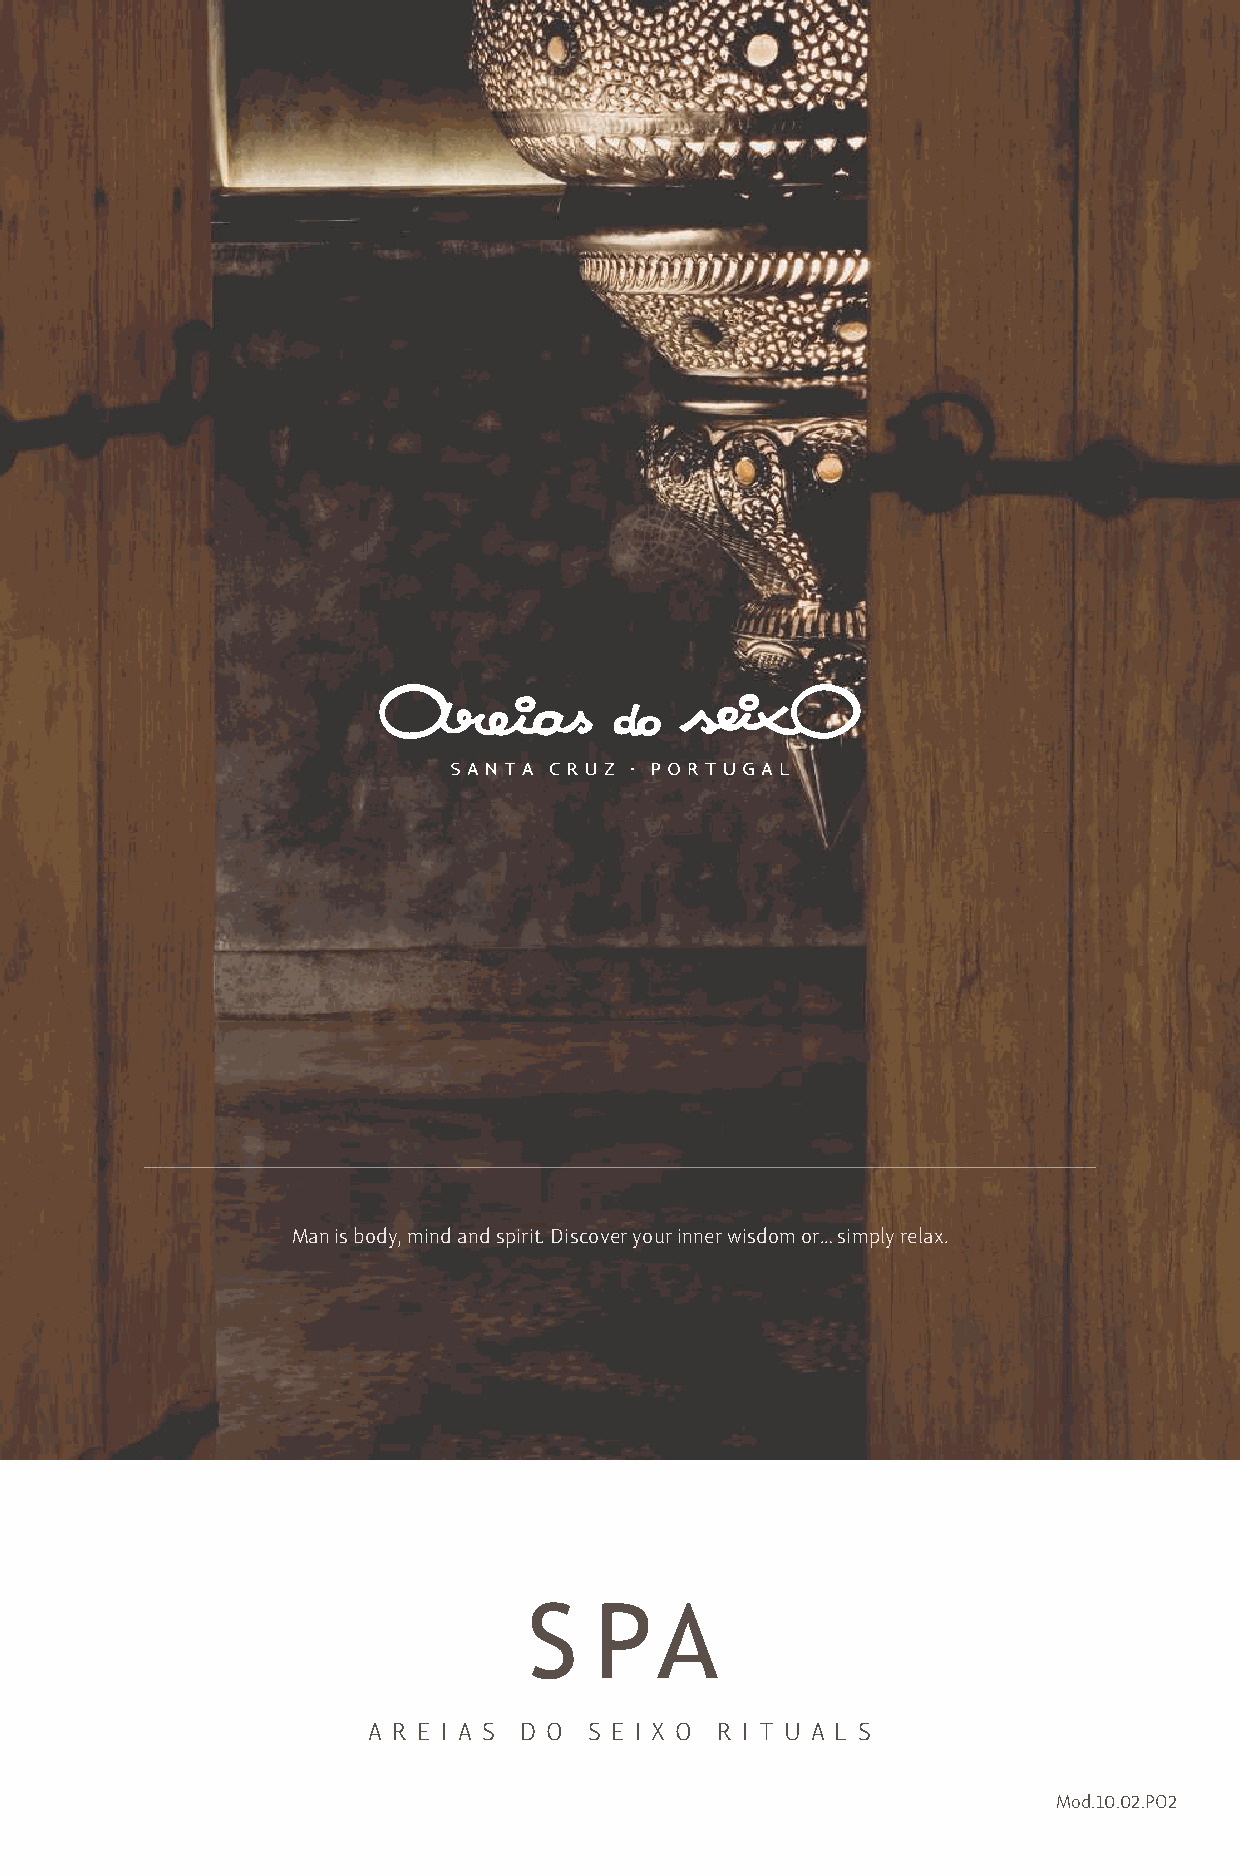
Man is body, mind and spirit. Discover your inner wisdom or… simply relax.
 S   PA
 A RE I A S D O SE I X O R I T UA L S
 Mod.10.02.PO2